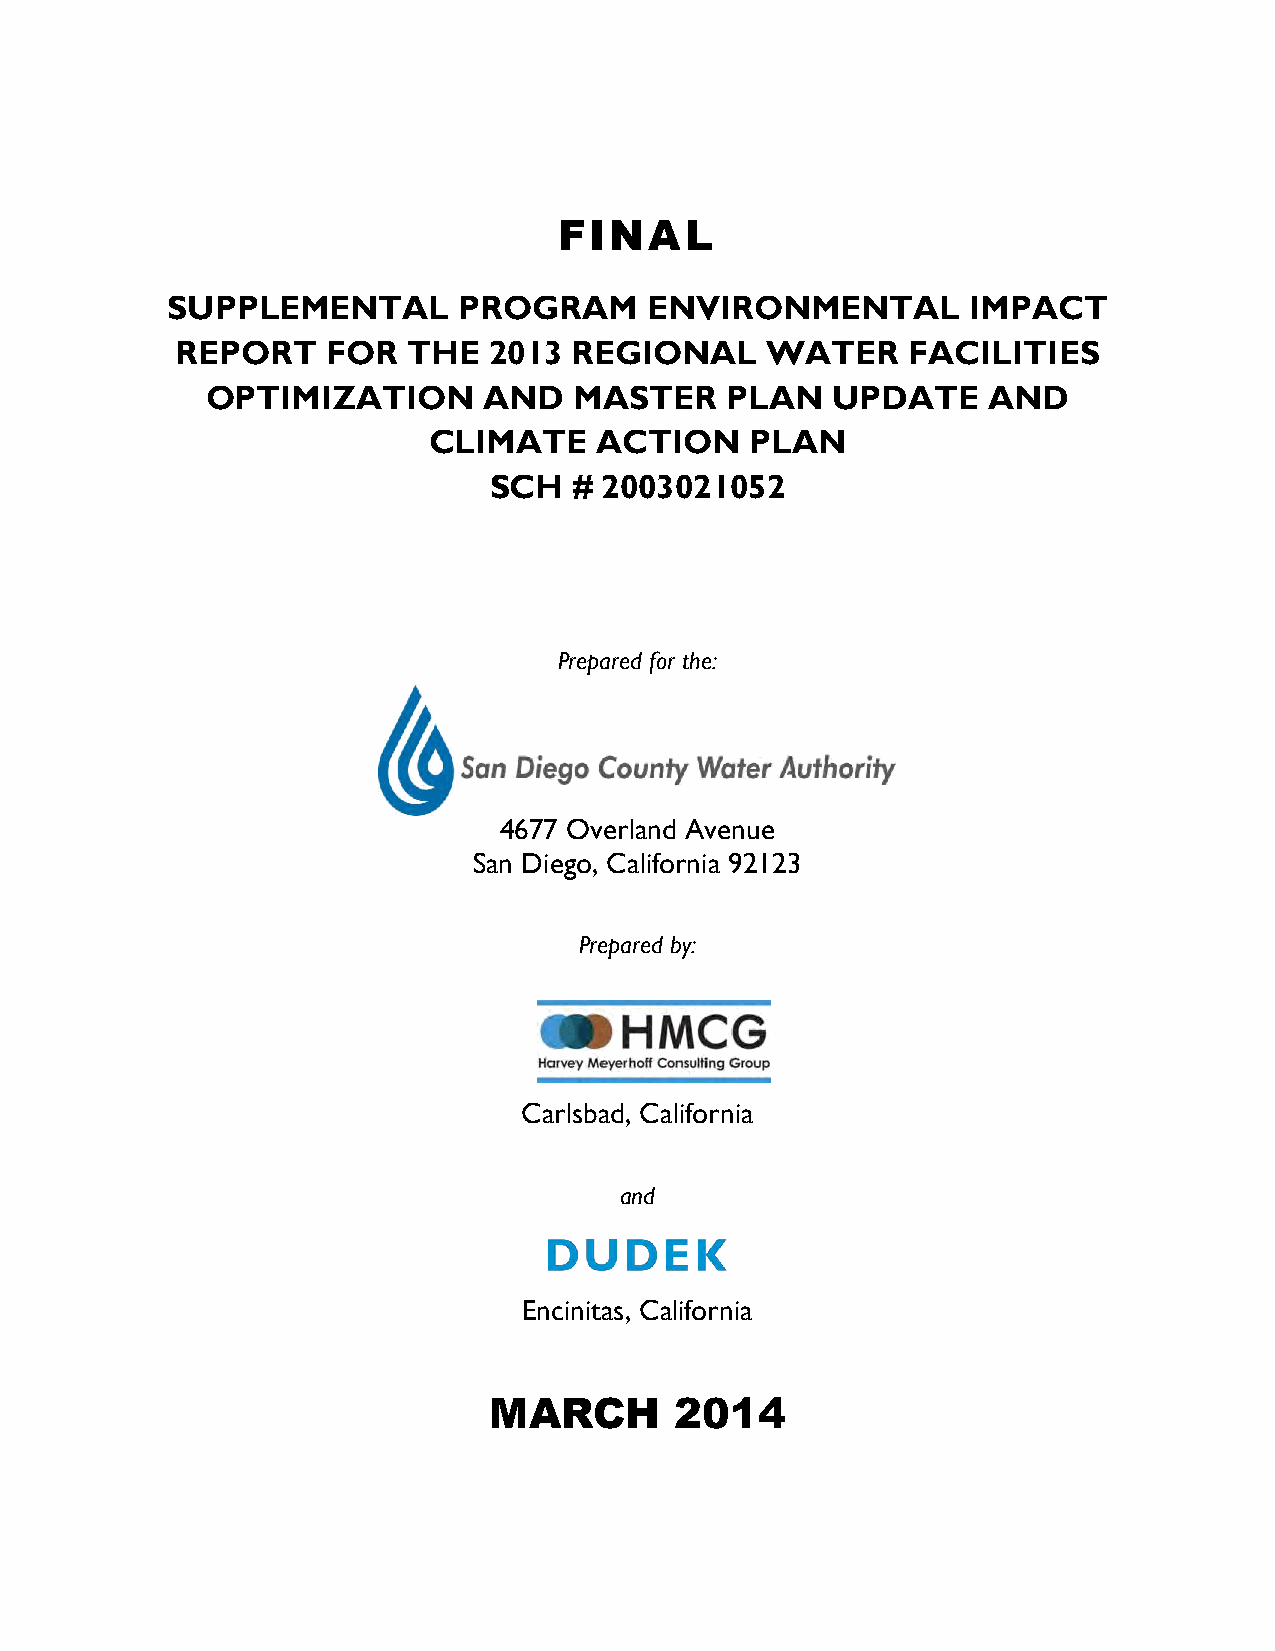
FINAL
 SUPPLEMENTAL       PROGRAM      ENVIRONMENTAL        IMPACT
 REPORT    FOR  THE  2013  REGIONAL     WATER    FACILITIES
 OPTIMIZATION      AND   MASTER    PLAN   UPDATE    AND
 CLIMATE    ACTION     PLAN
 SCH   # 2003021052
 Prepared for the:
 4677 Overland Avenue
 San Diego, California 92123
 Prepared by:
 Carlsbad, California
 and
 Encinitas, California
 MARCH        2014